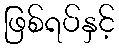
ဖြစ်ရပ်နှင့်